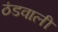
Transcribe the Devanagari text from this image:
ठंडवाली